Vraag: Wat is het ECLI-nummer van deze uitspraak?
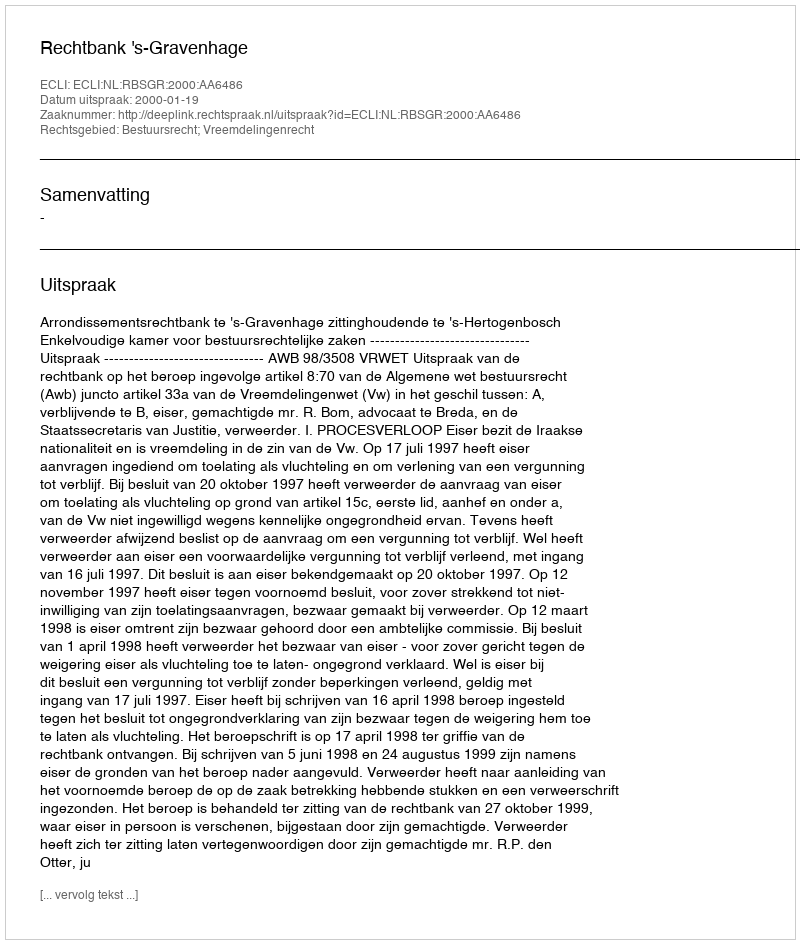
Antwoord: ECLI:NL:RBSGR:2000:AA6486